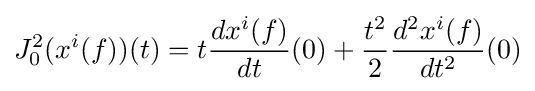
J_{0}^{2}(x^{i}(f))(t)=t{\frac {dx^{i}(f)}{dt}}(0)+{\frac {t^{2}}{2}}{\frac {d^{2}x^{i}(f)}{dt^{2}}}(0)